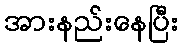
အားနည်းနေပြီး